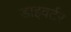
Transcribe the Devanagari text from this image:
डाइवर्टर